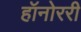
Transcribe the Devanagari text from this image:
हॉनोररी